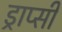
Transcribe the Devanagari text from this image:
ड्राप्सी